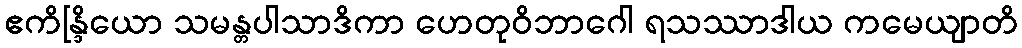
ဧကိန္ဒြိယော သမန္တပါသာဒိကာ ဟေတုဝိဘာဂေါ ရသဿာဒါယ ကမေယျာတိ